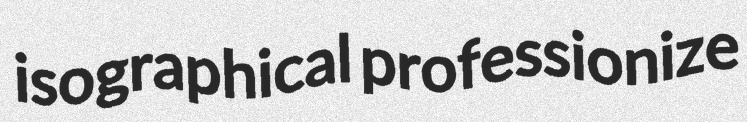
isographical professionize